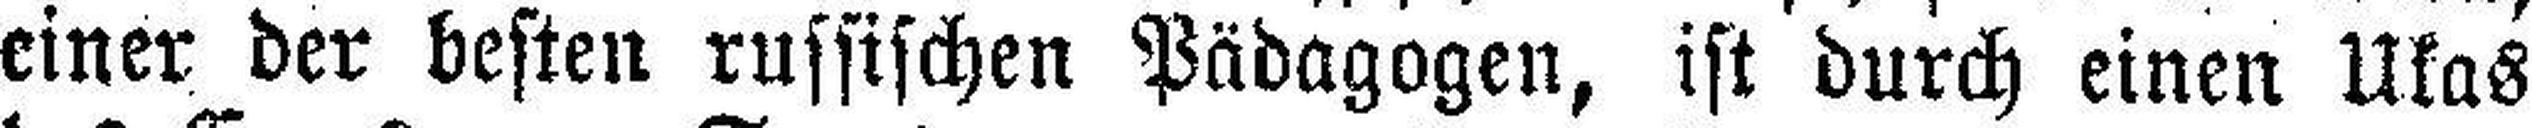
einer der besten russischen Pädagogen, ist durch einen Ukas